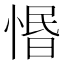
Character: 惽